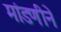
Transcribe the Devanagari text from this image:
मांडणीने